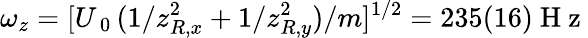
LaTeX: \omega_{z}=[U_{\mathrm{~0~}}(1/z_{R,x}^{2}+1/z_{R,y}^{2})/m]^{1/2}=235(16)\mathrm{~H~z~}